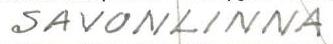
SAVONLINNA